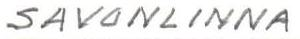
SAVONLINNA